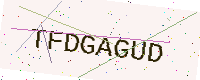
Text: TFDGAGUD